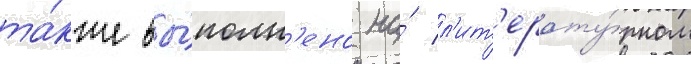
та́кже вы́полн'ено на́ л'ит'ерату́рном